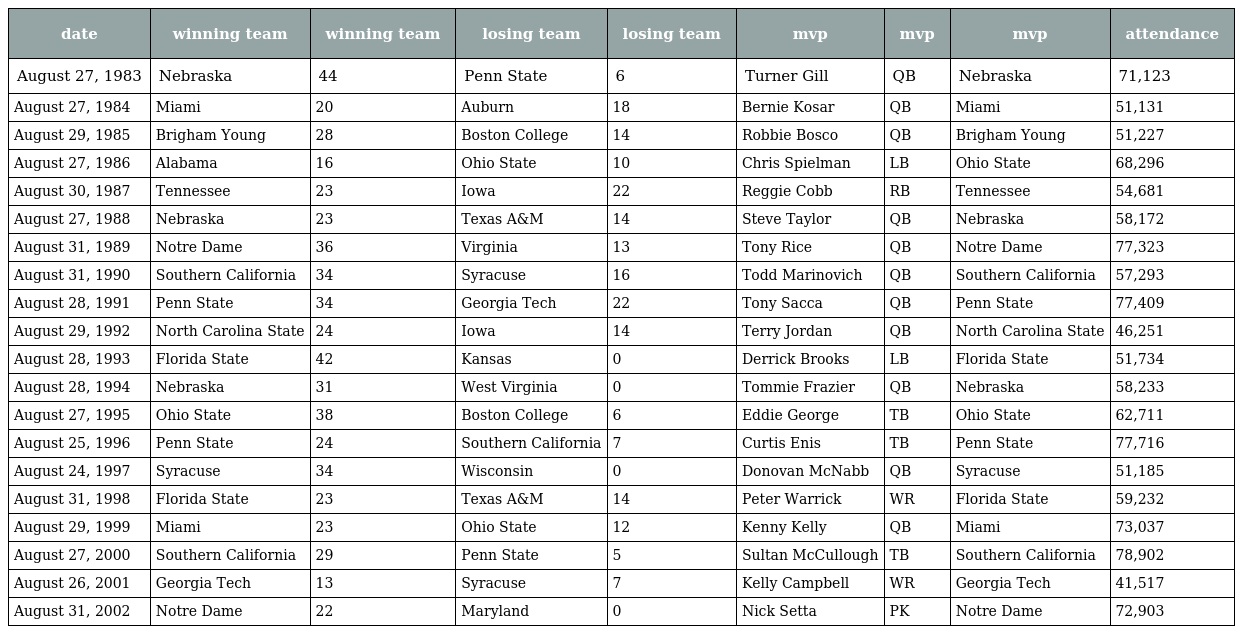
| date | winning team | winning team | losing team | losing team | mvp | mvp | mvp | attendance |
 | --- | --- | --- | --- | --- | --- | --- | --- | --- |
 | August 27, 1983 | Nebraska | 44 | Penn State | 6 | Turner Gill | QB | Nebraska | 71,123 |
 | August 27, 1984 | Miami | 20 | Auburn | 18 | Bernie Kosar | QB | Miami | 51,131 |
 | August 29, 1985 | Brigham Young | 28 | Boston College | 14 | Robbie Bosco | QB | Brigham Young | 51,227 |
 | August 27, 1986 | Alabama | 16 | Ohio State | 10 | Chris Spielman | LB | Ohio State | 68,296 |
 | August 30, 1987 | Tennessee | 23 | Iowa | 22 | Reggie Cobb | RB | Tennessee | 54,681 |
 | August 27, 1988 | Nebraska | 23 | Texas A&M | 14 | Steve Taylor | QB | Nebraska | 58,172 |
 | August 31, 1989 | Notre Dame | 36 | Virginia | 13 | Tony Rice | QB | Notre Dame | 77,323 |
 | August 31, 1990 | Southern California | 34 | Syracuse | 16 | Todd Marinovich | QB | Southern California | 57,293 |
 | August 28, 1991 | Penn State | 34 | Georgia Tech | 22 | Tony Sacca | QB | Penn State | 77,409 |
 | August 29, 1992 | North Carolina State | 24 | Iowa | 14 | Terry Jordan | QB | North Carolina State | 46,251 |
 | August 28, 1993 | Florida State | 42 | Kansas | 0 | Derrick Brooks | LB | Florida State | 51,734 |
 | August 28, 1994 | Nebraska | 31 | West Virginia | 0 | Tommie Frazier | QB | Nebraska | 58,233 |
 | August 27, 1995 | Ohio State | 38 | Boston College | 6 | Eddie George | TB | Ohio State | 62,711 |
 | August 25, 1996 | Penn State | 24 | Southern California | 7 | Curtis Enis | TB | Penn State | 77,716 |
 | August 24, 1997 | Syracuse | 34 | Wisconsin | 0 | Donovan McNabb | QB | Syracuse | 51,185 |
 | August 31, 1998 | Florida State | 23 | Texas A&M | 14 | Peter Warrick | WR | Florida State | 59,232 |
 | August 29, 1999 | Miami | 23 | Ohio State | 12 | Kenny Kelly | QB | Miami | 73,037 |
 | August 27, 2000 | Southern California | 29 | Penn State | 5 | Sultan McCullough | TB | Southern California | 78,902 |
 | August 26, 2001 | Georgia Tech | 13 | Syracuse | 7 | Kelly Campbell | WR | Georgia Tech | 41,517 |
 | August 31, 2002 | Notre Dame | 22 | Maryland | 0 | Nick Setta | PK | Notre Dame | 72,903 |